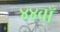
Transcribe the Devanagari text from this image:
४४वाँ